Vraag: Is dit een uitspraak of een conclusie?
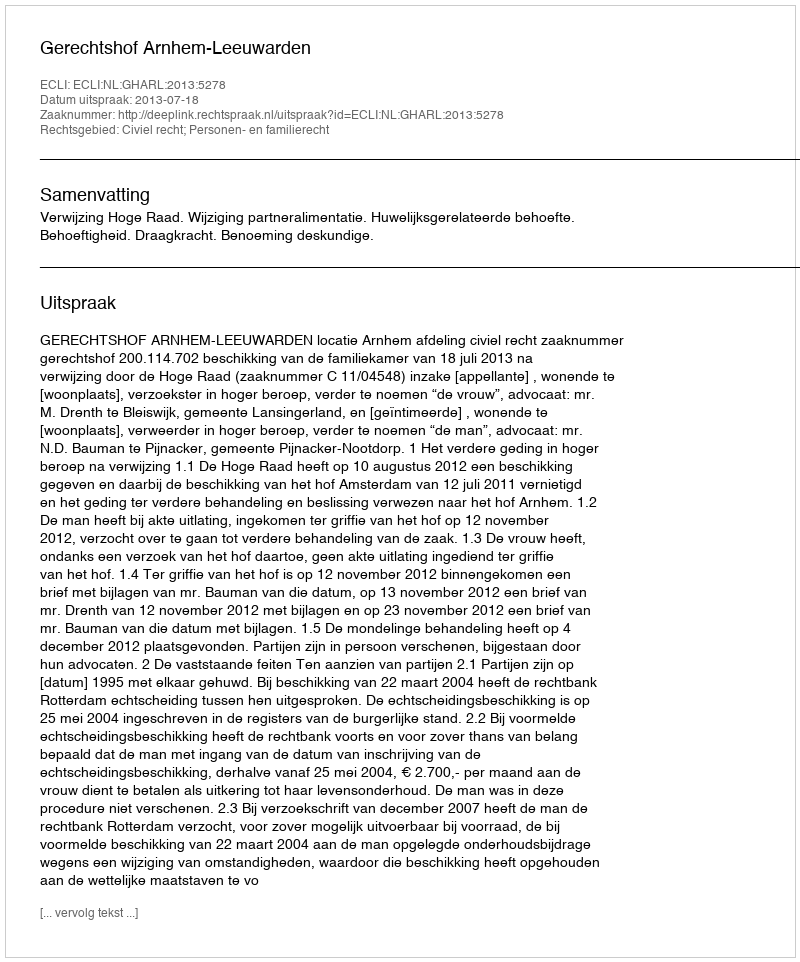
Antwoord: Uitspraak